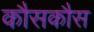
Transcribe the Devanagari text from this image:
कौसकौस